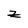
Character: z